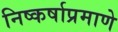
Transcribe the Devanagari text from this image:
निष्कर्षाप्रमाणे